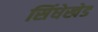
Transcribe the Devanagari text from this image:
सिंधेखेड